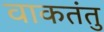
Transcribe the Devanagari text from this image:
वाकतंतु